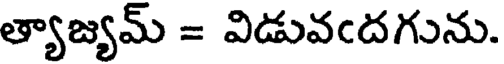
త్యాజ్యమ్ = విడువఁదగును.